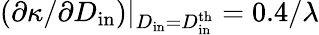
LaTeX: \left(\partial\kappa/\partial D_{\mathrm{in}}\right)\vert_{D_{\mathrm{in}}=D_{\mathrm{in}}^{\mathrm{th}}}=0.4/\lambda